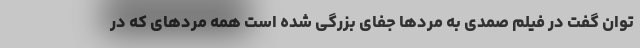
توان گفت در فیلم صمدی به مردها جفای بزرگی شده است همه مردهای که در